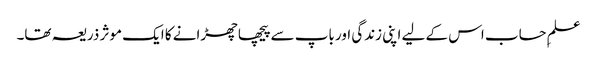
علمِ حساب اس کے لیے اپنی زندگی اور باپ سے پیچھا چھڑانے کا ایک موثر ذریعہ تھا۔